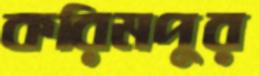
করিমপুর